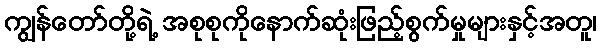
ကျွန်တော်တို့ရဲ့ အစုစုကိုနောက်ဆုံးဖြည့်စွက်မှုများနှင့်အတူ၊